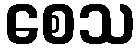
စေသ